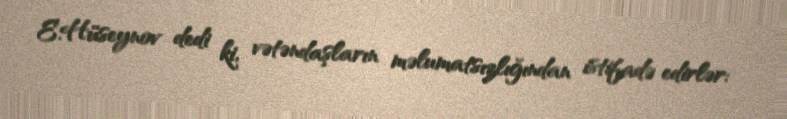
E.Hüseynov dedi ki, vətəndaşların məlumatsızlığından istifadə edirlər: